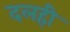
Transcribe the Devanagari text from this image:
दलही